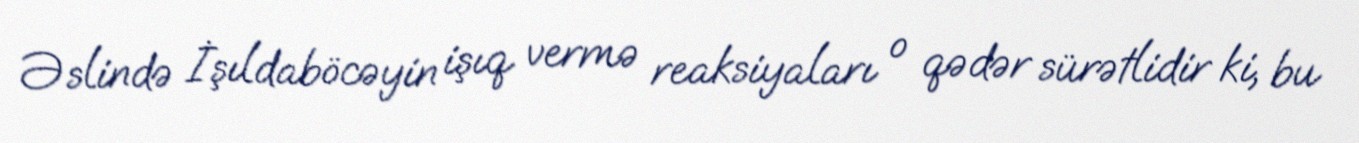
Əslində İşıldaböcəyin işıq vermə reaksiyaları o qədər sürətlidir ki, bu